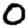
Digit: 0